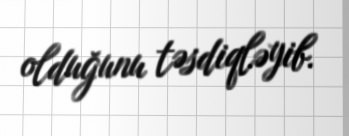
olduğunu təsdiqləyib.